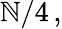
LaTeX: \mathbb{N}/4\, ,